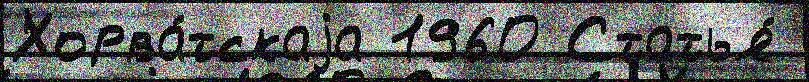
Хорва́тскаjа 1960 Статья́